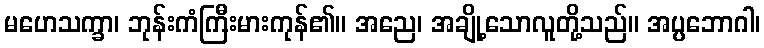
မဟေသက္ခာ၊ ဘုန်းကံကြီးမားကုန်၏။ အညေ၊ အချို့သောလူတို့သည်။ အပ္ပဘောဂါ၊